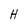
Character: H